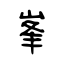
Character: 峯